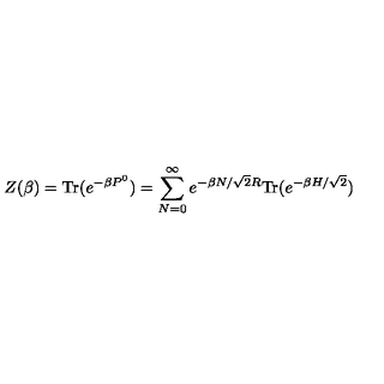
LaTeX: Z ( \beta ) = \mathrm { T r } ( e ^ { - \beta P ^ { 0 } } ) = \sum _ { N = 0 } ^ { \infty } e ^ { - \beta N / \sqrt { 2 } R } \mathrm { T r } ( e ^ { - \beta H / \sqrt { 2 } } )